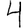
Digit: 4